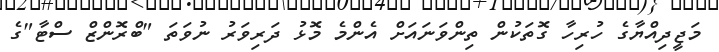
މަޖީދިއްޔާގެ ހުރިހާ ގޮތަކުން ތިންވަނައަށް އެންމެ މޮޅު ދަރިވަރު ނުވަތަ "ބްރޮންޒް ސްޓާ"ގެ